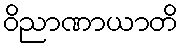
ဝိညာဏာယာတိ